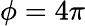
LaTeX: \phi=4\pi